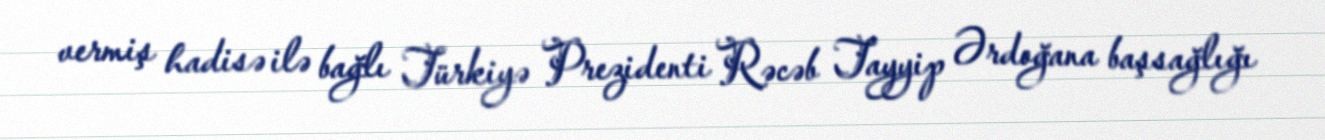
vermiş hadisə ilə bağlı Türkiyə Prezidenti Rəcəb Tayyip Ərdoğana başsağlığı